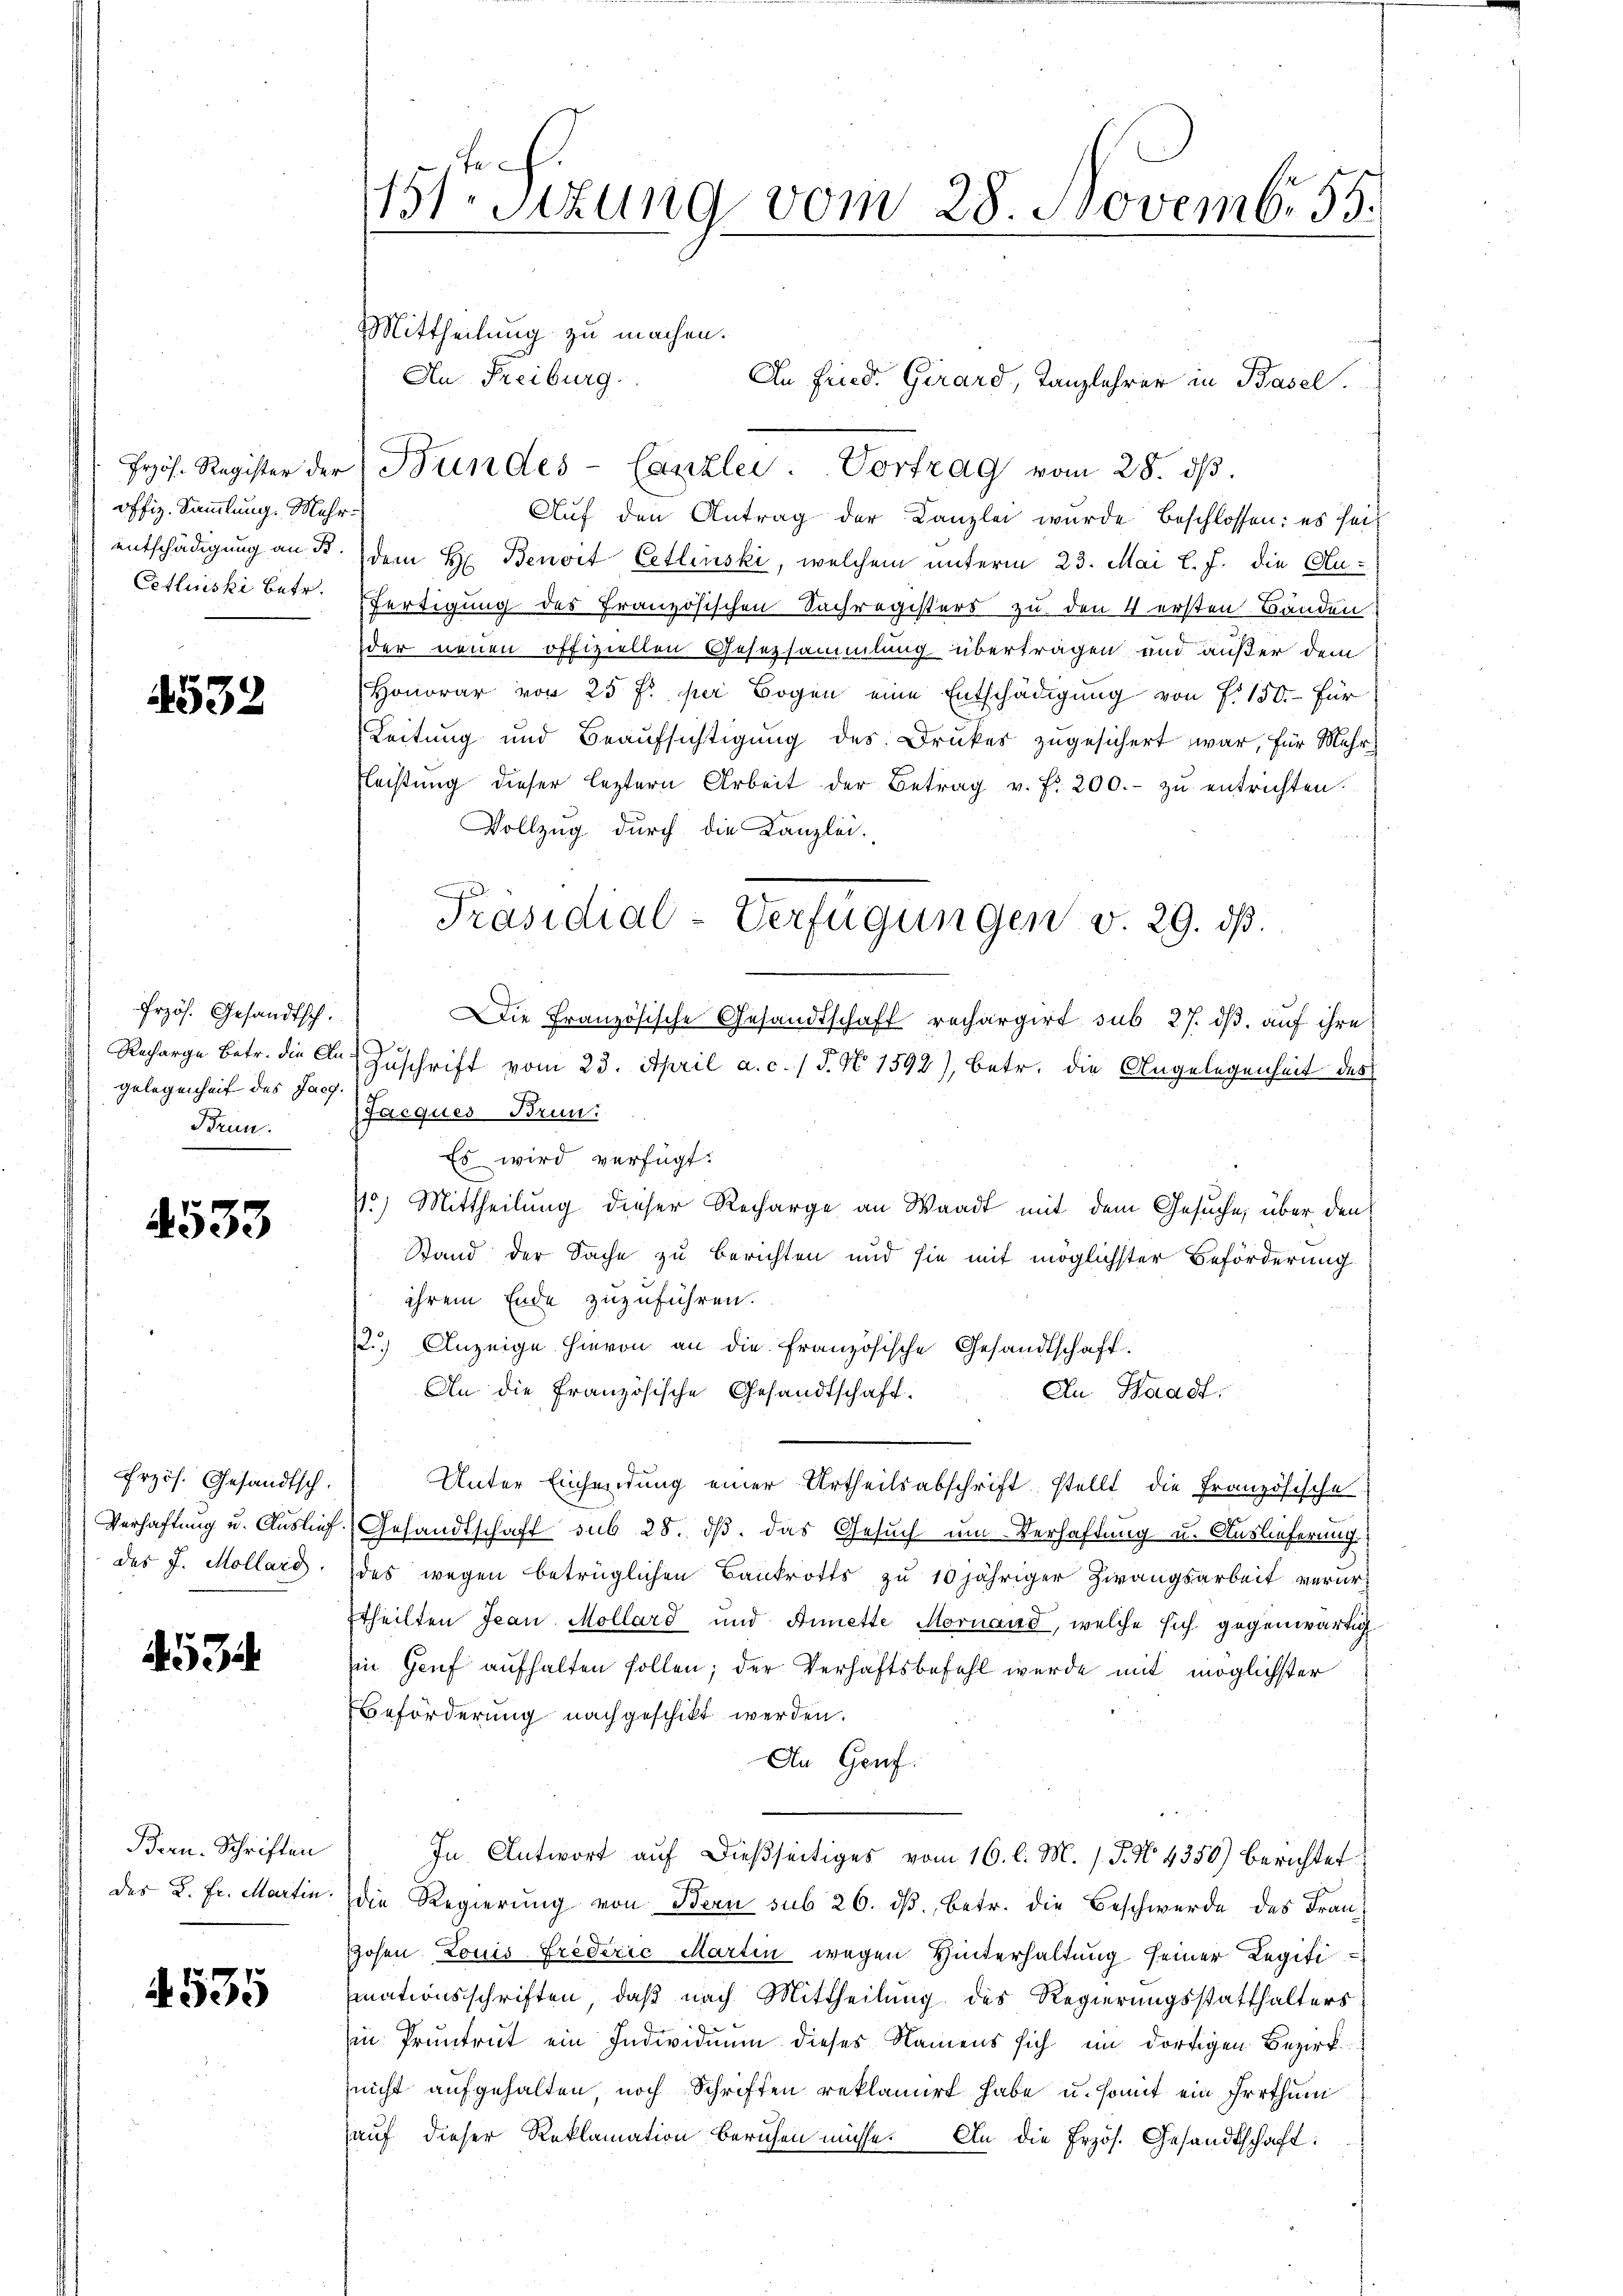
offiz. Sammlung. Mehrentschädigung an d
Cetluiski betr.

532

4533

Frzös. Gesandtsch.
Verhaftung u. Auslief
des J. Mollard.

534

Bern. Schriften
des K. Fr. Martin.

4535

Przös. Gesandtsch.
Recharge Betr. die An-
gelegenheit des Jacg.
Brun

e
451 sizung vom 28. Novembr 55.

Jos. Register der Bundes-Canzlei. Vortrag vom 28. dβ.
Auf den Antrag der Kanzlei wurde beschlossen: es seidem H Benoit Cettinski, welchem unterm 23. Mai l. J. die An-
Fertigung des Französischen Sachregisters zu den 4 ersten Bänden.
der neuen offiziellen Gesetzsammlung übertragen und außer dem
Honorar von 25 f: per Bogen eine Entschädigung von P. 150.- Für
Leitung und Beaŭfsichtigung des Drukes zugesichert war, für Mehr
Fleistŭng dieser leztern Arbeit der Betrag v. fr. 200.- zŭ entrichten.
Vollzug durch die Kanzlei.
d
Die Französische Gesandtschaft rechargirt sub 27. ds. auf ihre
Zuschrift vom 23. April a. c. / P. N. 1592), betr. die Angelegenheit des
Jacques Brun:
Es wird verfügt:
45) Mittheilung dieser Recharge an Waadt mit dem Gesuche, über den
Stand der Sache zu Berichten und sie mit möglichster Beförderung
ihrem Ende zuzuführen.
2.) Anzeige hievon an die französische Gesandtschaft.
An die Französische Gesandtschaft.
An Waadt.
Unter Einsendung einer Urtheilsabschrift, stellt die Französische
Gesandtschaft sub 28. ds. das Gesuch um Verhaftung u. Auslieferung
des wegen betrüglichen Bankrotts zu 10 jähriger Zwangsarbeit verurttheilten Jean Mollard und Annette Mornand, welche sich gegenwärtig
Ein Genf aufhalten sollen; der Verhaftsbefehl wurde mit möglichster
Beförderung nachgeschikt werden.
An Genf.
In Antwort auf dießseitiges vom 16. l. M. 1. P. No. 4350) berichtet
die Regierung von Bern sub 26. dβ, betr. die Beschwerde des Fran-
Hohen Louis Frederie Martin wegen Hinterhaltung seiner Legiti
mationsschriften, daß nach Mittheilung des Regierungsstatthalters
in Pruntrut ein Individuum dieses Namens sich im dortigen Bezirk
nicht aufgehalten noch Schriften reklamirt habe u. somit ein Irrthum
auf dieser Reklamation beruhen müsse. An die Erzös. Gesandtschaft:

Mittheilung zu machen.
Au: Freiburg.

An Fried. Girard, Tanzlehrer in Basel.

Präsidial-Verfügungen v. 29. ds.